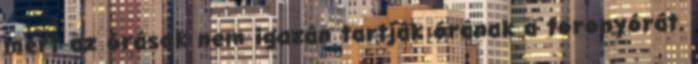
mert az órások nem igazán tartják órának a toronyórát.